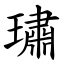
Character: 璛